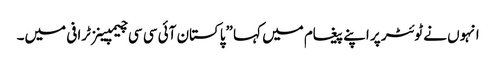
انہوں نے ٹوئٹر پر اپنے پیغام میں کہا ”پاکستان آئی سی سی چیمپینز ٹرافی میں۔